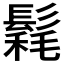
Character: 𩮄